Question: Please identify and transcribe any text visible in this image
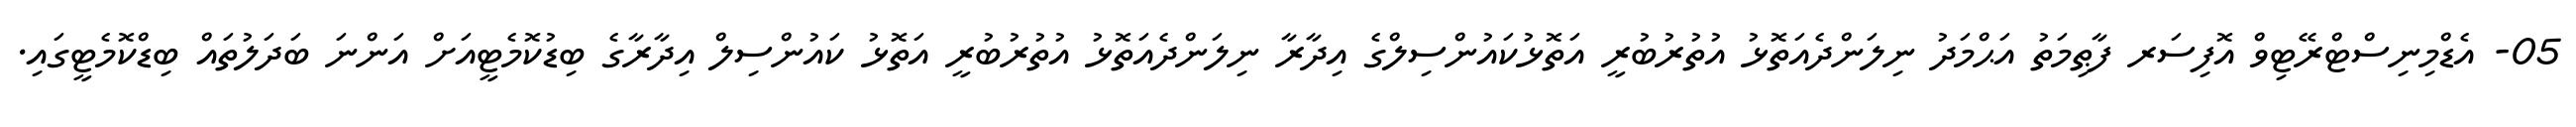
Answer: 05- އެޑްމިނިސްޓްރޭޓިވް އޮފިސަރ ފާޠިމަތު އަޙްމަދު ނިލަންދެއަތޮޅު އުތުރުބުރީ އަތޮޅުކައުންސިލްގެ އިދާރާ ނިލަންދެއަތޮޅު އުތުރުބުރީ އަތޮޅު ކައުންސިލް އިދާރާގެ ބިޑުކޮމެޓީއަށް އަންނަ ބަދަލުތައް ބިޑްކޮމެޓީގައި.